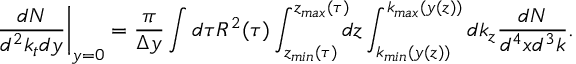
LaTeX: \left. \frac { d N } { d ^ { 2 } k _ { t } d y } \right| _ { y = 0 } = \frac { \pi } { \Delta y } \int d \tau R ^ { 2 } ( \tau ) \int _ { z _ { m i n } ( \tau ) } ^ { z _ { m a x } ( \tau ) } \negthickspace \negthickspace d z \int _ { k _ { m i n } ( y ( z ) ) } ^ { k _ { m a x } ( y ( z ) ) } d k _ { z } \frac { d N } { d ^ { 4 } x d ^ { 3 } k } .